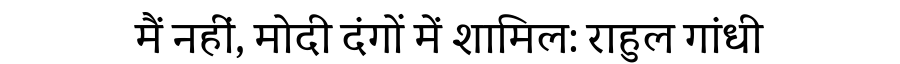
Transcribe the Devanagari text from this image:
मैं नहीं, मोदी दंगों में शामिल: राहुल गांधी